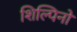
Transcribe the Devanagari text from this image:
शिल्पिनो